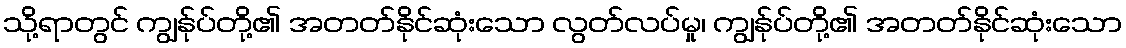
သို့ရာတွင် ကျွန်ုပ်တို့၏ အတတ်နိုင်ဆုံးသော လွတ်လပ်မှု၊ ကျွန်ုပ်တို့၏ အတတ်နိုင်ဆုံးသော